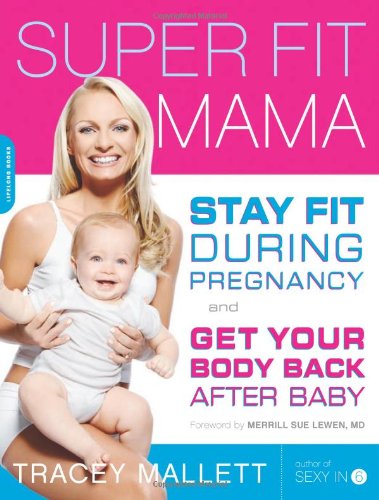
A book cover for Super Fit Mama: Stay Fit During Pregnancy and Get Your Body Back after Baby; Tracey Mallett; Health, Fitness & Dieting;